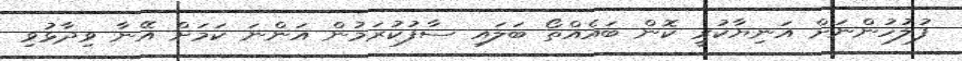
ފުލުހުންނަށް އަނިޔާކުރީ ކޮން ބައެއްތޯ ބަލައި ސާފުކުރަމުން އަންނަ ކަމަށް އޭނާ ވިދާޅުވި